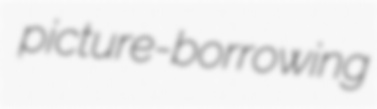
picture-borrowing